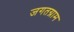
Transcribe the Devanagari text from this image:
जगतग्राम